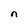
Character: n